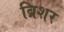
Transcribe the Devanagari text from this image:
ब्रिशर